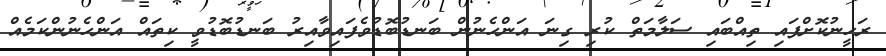
ރަހީނުކޮށްފައި ތިއްބައި ސަލާމަތް ކުރި ގިނަ އަންހެނުން ބަނޑުބޮޑުވެފައިވާއިރު ބަނޑުބޮޑުވީ ކިތައް އަންހެނުންކަމެއް